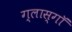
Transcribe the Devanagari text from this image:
ग्लास्गाॅ